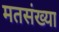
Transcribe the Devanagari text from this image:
मतसंख्या